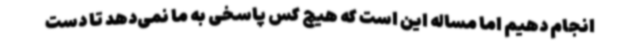
انجام دهیم اما مساله این است که هیچ کس پاسخی به ما نمی‌دهد تا دست